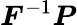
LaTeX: {\boldsymbol{F}}^{-1}{\boldsymbol{P}}